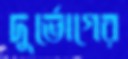
দুর্ভোগের